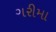
ગરીમા